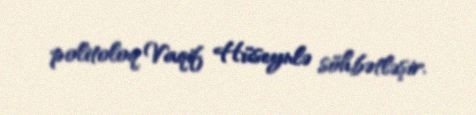
politoloq Vaqif Hüseynlə söhbətləşir.